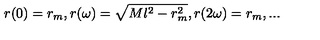
r ( 0 ) = r _ { m } , r ( \omega ) = \sqrt { M l ^ { 2 } - r _ { m } ^ { 2 } } , r ( 2 \omega ) = r _ { m } , . . .